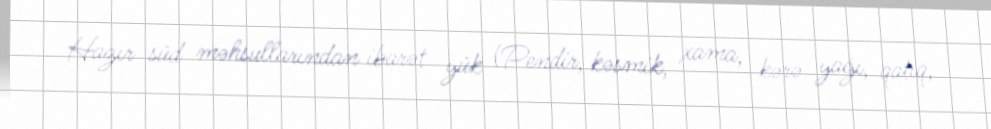
Hazır süd məhsullarından ibarət yük (Pendir, kəsmik, xama, kərə yağı, qatıq,